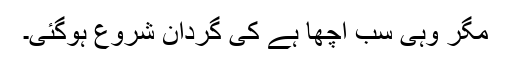
مگر وہی سب اچھا ہے کی گردان شروع ہوگئی۔